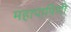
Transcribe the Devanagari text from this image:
महापापिणी